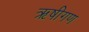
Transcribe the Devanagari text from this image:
ऋषीगण